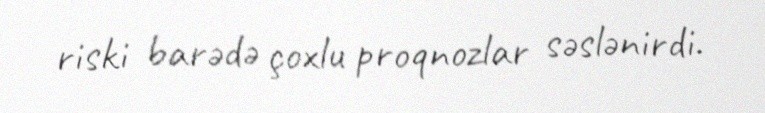
riski barədə çoxlu proqnozlar səslənirdi.